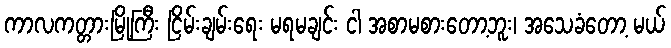
ကာလကတ္တားမြို့ကြီး ငြိမ်းချမ်းရေး မရမချင်း ငါ အစာမစားတော့ဘူး၊ အသေခံတော့ မယ်